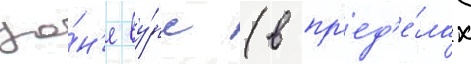
зо́н'е ву́рс (в пр'ед'е́лах